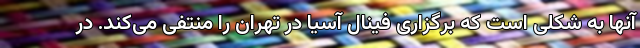
آنها به شکلی است که برگزاری فینال آسیا در تهران را منتفی می‌کند. در